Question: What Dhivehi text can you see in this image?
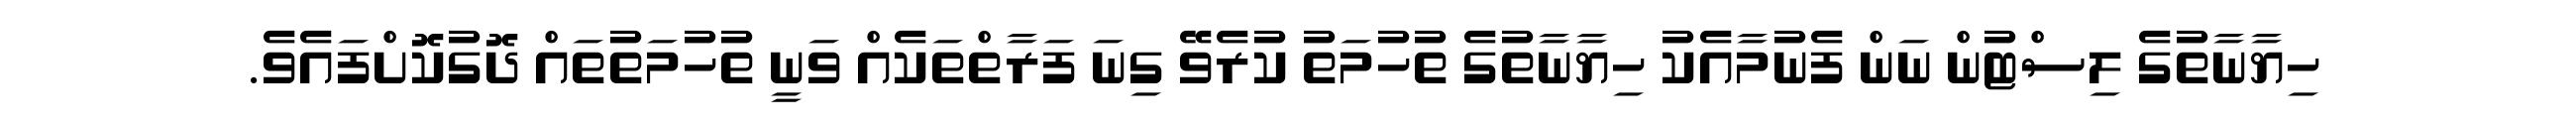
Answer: ހިޔާނާތުގެ ލިސްޓުން ނަން ފެނުމާއެކު ހިޔާނާތުގެ ތުހުމަތު ކުރެވޭ ގިނަ ފަރާތްތަކެއް ވަނީ ތުހުމަތުތައް ދޮގުކޮށްފައެވެ.